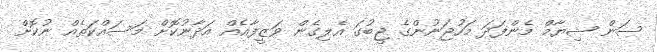
ސަން ޝިޔާމް މެންފަދަ މަހުޖަނުންގެ ޖީބުގަ އެލިގެން ވަޒީފާއެއް އަދާނުކޮށް މަސައްކަތެއް ނުކޮށް